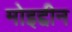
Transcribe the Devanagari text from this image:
मोइद्दीन